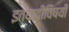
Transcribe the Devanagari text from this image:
इत्यादीविषयी